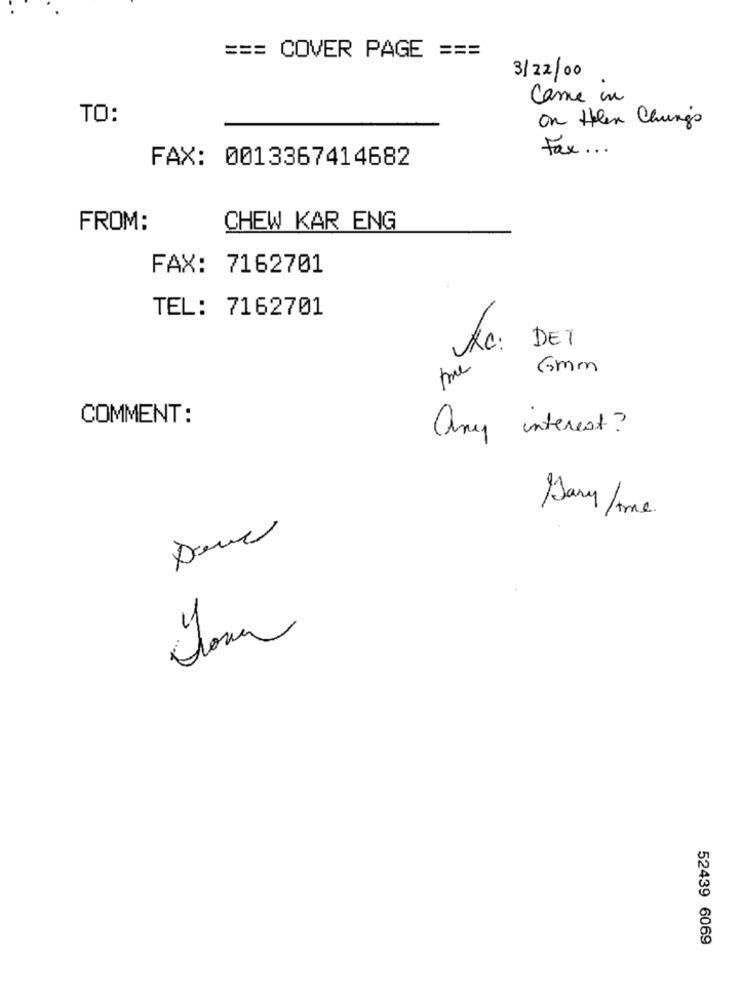
=== COVER PAGE ===
3/22/00
Came in
TO:
On theen Chungs
Fax ...
FAX: 0013367414682
FROM:
CHEW KAR ENG
FAX: 7162701
TEL: 7162701
DET
Rc:
Gmm
COMMENT:
any interest?
Gary time.
52439 6069